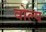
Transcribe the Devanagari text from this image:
वोल्प